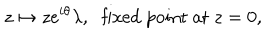
LaTeX: z \mapsto z e ^ { i \theta } \lambda , \, \, \mathrm { ~ f i x e d ~ p o i n t ~ a t ~ } z = 0 ,